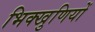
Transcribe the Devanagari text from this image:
भिक्खुणियों